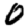
Digit: 0